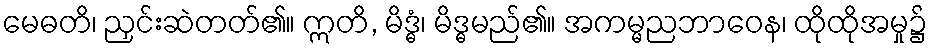
မေဓတိ၊ ညှင်းဆဲတတ်၏။ ဣတိ, မိဒ္ဓံ၊ မိဒ္ဓမည်၏။ အကမ္မညဘာဝေန၊ ထိုထိုအမှု၌